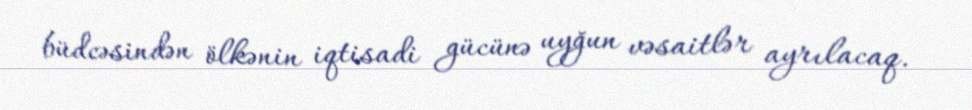
büdcəsindən ölkənin iqtisadi gücünə uyğun vəsaitlər ayrılacaq.